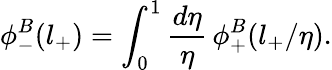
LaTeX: \phi_{-}^{B}(l_{+})=\int_{0}^{1}\frac{d\eta}{\eta}\, \phi_{+}^{B}(l_{+}/\eta).